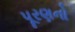
પૂરણનો